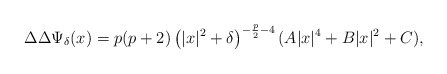
\begin{align*}\Delta\Delta\Psi_\delta(x) = p(p+2)\left(|x|^2+\delta\right)^{-\frac{p}{2}-4}(A|x|^4+B|x|^2+C),\end{align*}